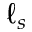
\ell _ { s }